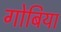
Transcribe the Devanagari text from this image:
गोबिया